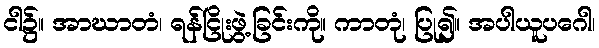
ငါ၌။ အာဃာတံ၊ ရန်ငြိုးဖွဲ့ခြင်းကို။ ကာတုံ၊ ပြု၍။ အပါယူပဂေါ၊